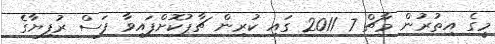
މީގެ އިތުރުން މާޗް 7 2011 ގައި ކުރިން ޗާޕުކޮށްފައިވާ ފަސް ރުފިޔާގެ